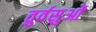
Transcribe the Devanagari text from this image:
तुर्वसुओं